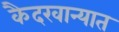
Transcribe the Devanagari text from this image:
कैदखान्यात